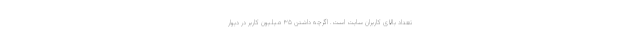
تعداد بالای کاربران سایت است. اگرچه داشتن ۳۵ میلیون کاربر در دیوار